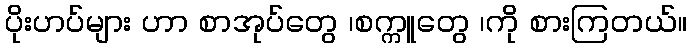
ပိုးဟပ်များ ဟာ စာအုပ်တွေ ၊စက္ကူတွေ ၊ကို စားကြတယ်။